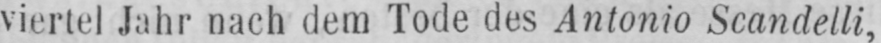
viertel Jahr nach dem Tode des Antonio Scandelli,